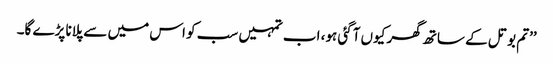
’’تم بوتل کے ساتھ گھر کیوں آگئی ہو، اب تمہیں سب کو اس میں سے پلانا پڑے گا۔